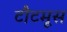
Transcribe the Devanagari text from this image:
टौटमूस